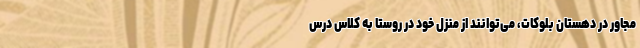
مجاور در دهستان بلوکات، می‌توانند از منزل خود در روستا به کلاس درس